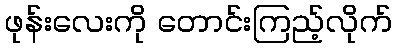
ဖုန်းလေးကို တောင်းကြည့်လိုက်